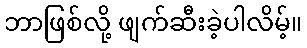
ဘာဖြစ်လို့ ဖျက်ဆီးခဲ့ပါလိမ့်။